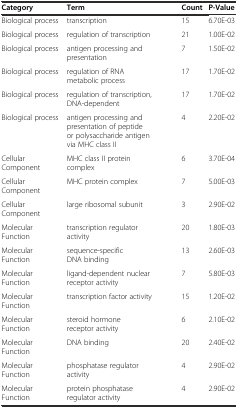
| Category | Term | Count | P-Value |
 | --- | --- | --- | --- |
 | Biological process | transcription | 15 | 6.70E-03 |
 | Biological process | regulation of transcription | 21 | 1.00E-02 |
 | Biological process | antigen processing and presentation | 7 | 1.50E-02 |
 | Biological process | regulation of RNA metabolic process | 17 | 1.70E-02 |
 | Biological process | regulation of transcription, DNA-dependent | 17 | 1.70E-02 |
 | Biological process | antigen processing and presentation of peptide or polysaccharide antigen via MHC class II | 4 | 2.20E-02 |
 | Cellular Component | MHC class II protein complex | 6 | 3.70E-04 |
 | Cellular Component | MHC protein complex | 7 | 5.00E-03 |
 | Cellular Component | large ribosomal subunit | 3 | 2.90E-02 |
 | Molecular Function | transcription regulator activity | 20 | 1.80E-03 |
 | Molecular Function | sequence-specific DNA binding | 13 | 2.60E-03 |
 | Molecular Function | ligand-dependent nuclear receptor activity | 7 | 5.80E-03 |
 | Molecular Function | transcription factor activity | 15 | 1.20E-02 |
 | Molecular Function | steroid hormone receptor activity | 6 | 2.10E-02 |
 | Molecular Function | DNA binding | 20 | 2.40E-02 |
 | Molecular Function | phosphatase regulator activity | 4 | 2.90E-02 |
 | Molecular Function | protein phosphatase regulator activity | 4 | 2.90E-02 |